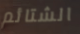
الشتائم